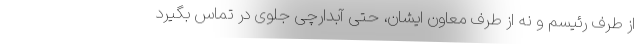
از طرف رئیسم و نه از طرف معاون ایشان، حتی آبدارچی جلوی در تماس بگیرد